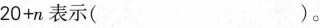
$$2 0 + n$$表示()。